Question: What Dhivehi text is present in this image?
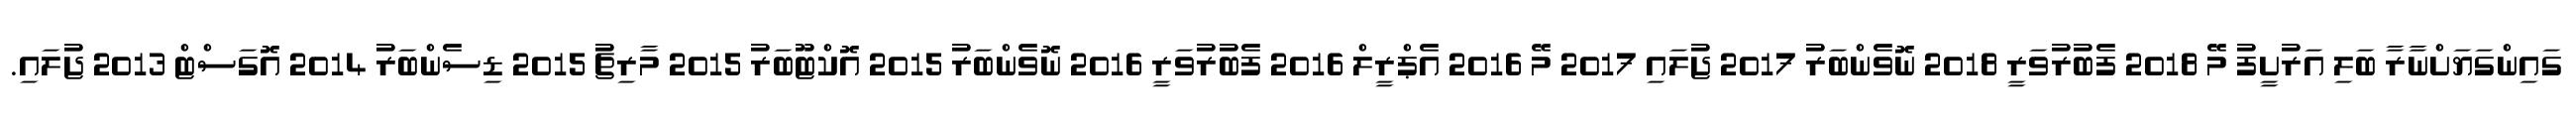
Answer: ގައިންގަޔަށްނާރާ ބަލި އަރުށީފު މޭ 2018 ފެބުރުވަރީ 2018 ނޮވެންބަރު 2017 ޖުލައި 2017 މޭ 2016 އެޕްރީލް 2016 ފެބުރުވަރީ 2016 ނޮވެންބަރު 2015 އޮކްޓޫބަރު 2015 މާރިޗު 2015 ޑިސެންބަރު 2014 އޮގަސްޓް 2013 ޖުލައި.